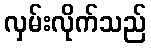
လှမ်းလိုက်သည်